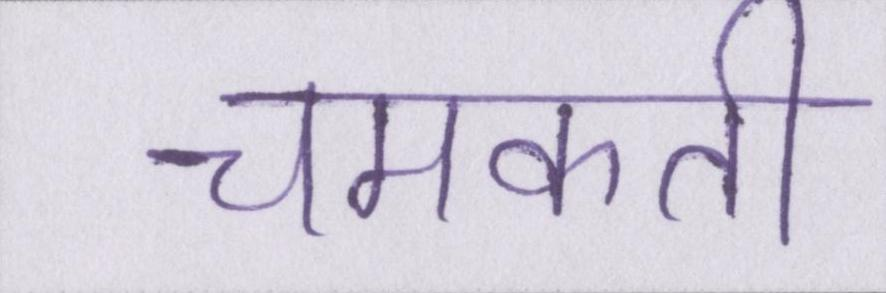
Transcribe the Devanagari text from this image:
चमकती